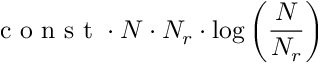
\mathrm { ~ c ~ o ~ n ~ s ~ t ~ } \cdot N \cdot N _ { r } \cdot \log \left( \frac { N } { N _ { r } } \right)